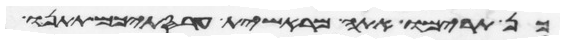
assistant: כן תרימו אתה מראשית עריסתיכם תתנו